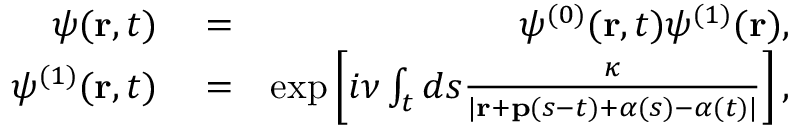
\begin{array} { r l r } { \psi ( \mathbf { r } , t ) } & { { } = } & { \psi ^ { ( 0 ) } ( \mathbf { r } , t ) \psi ^ { ( 1 ) } ( \mathbf { r } ) , } \\ { \psi ^ { ( 1 ) } ( \mathbf { r } , t ) } & { { } = } & { \exp \left[ i \nu \int _ { t } d s \frac { \kappa } { | \mathbf { r } + \mathbf { p } ( s - t ) + \boldsymbol { \alpha } ( s ) - \boldsymbol { \alpha } ( t ) | } \right] , } \end{array}